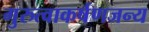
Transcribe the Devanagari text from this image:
गुरुत्वाकर्षणजन्य